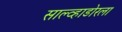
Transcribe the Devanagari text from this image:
साल्व्हाडोरला